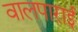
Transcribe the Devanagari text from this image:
वालपाराई